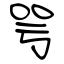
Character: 咢